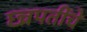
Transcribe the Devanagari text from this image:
छ्त्रपतींचे